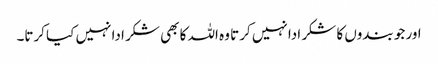
اور جو بندوں کا شکر ادا نہیں کرتا وہ اللہ کا بھی شکر ادا نہیں کیا کرتا۔